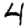
Digit: 4